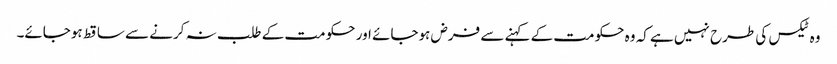
وہ ٹیکس کی طرح نہیں ہے کہ وہ حکومت کے کہنے سے فرض ہوجائے اور حکومت کے طلب نہ کرنے سے ساقط ہوجائے۔